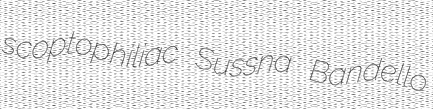
scoptophiliac Sussna Bandello